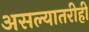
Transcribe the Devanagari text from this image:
असल्यातरीही